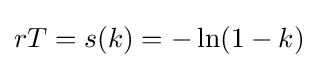
rT=s(k)=-\ln(1-k)\;